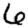
Digit: 6